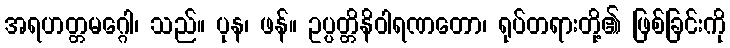
အရဟတ္တမဂ္ဂေါ၊ သည်။ ပုန၊ ဖန်။ ဥပ္ပတ္တိနိဝါရဏတော၊ ရုပ်တရားတို့၏ ဖြစ်ခြင်းကို